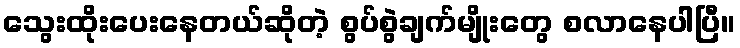
သွေးထိုးပေးနေတယ်ဆိုတဲ့ စွပ်စွဲချက်မျိုးတွေ စလာနေပါပြီ။